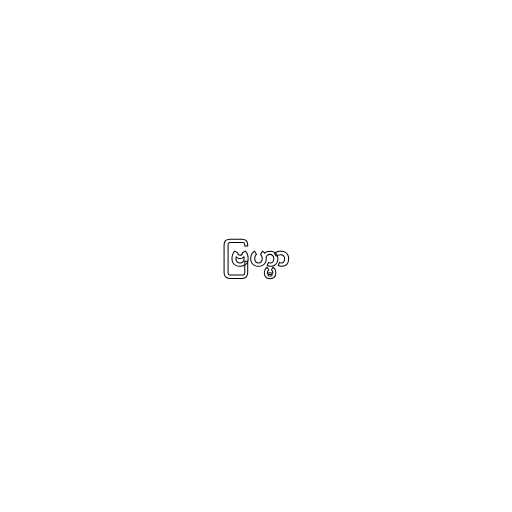
ဗြဟ္မာ